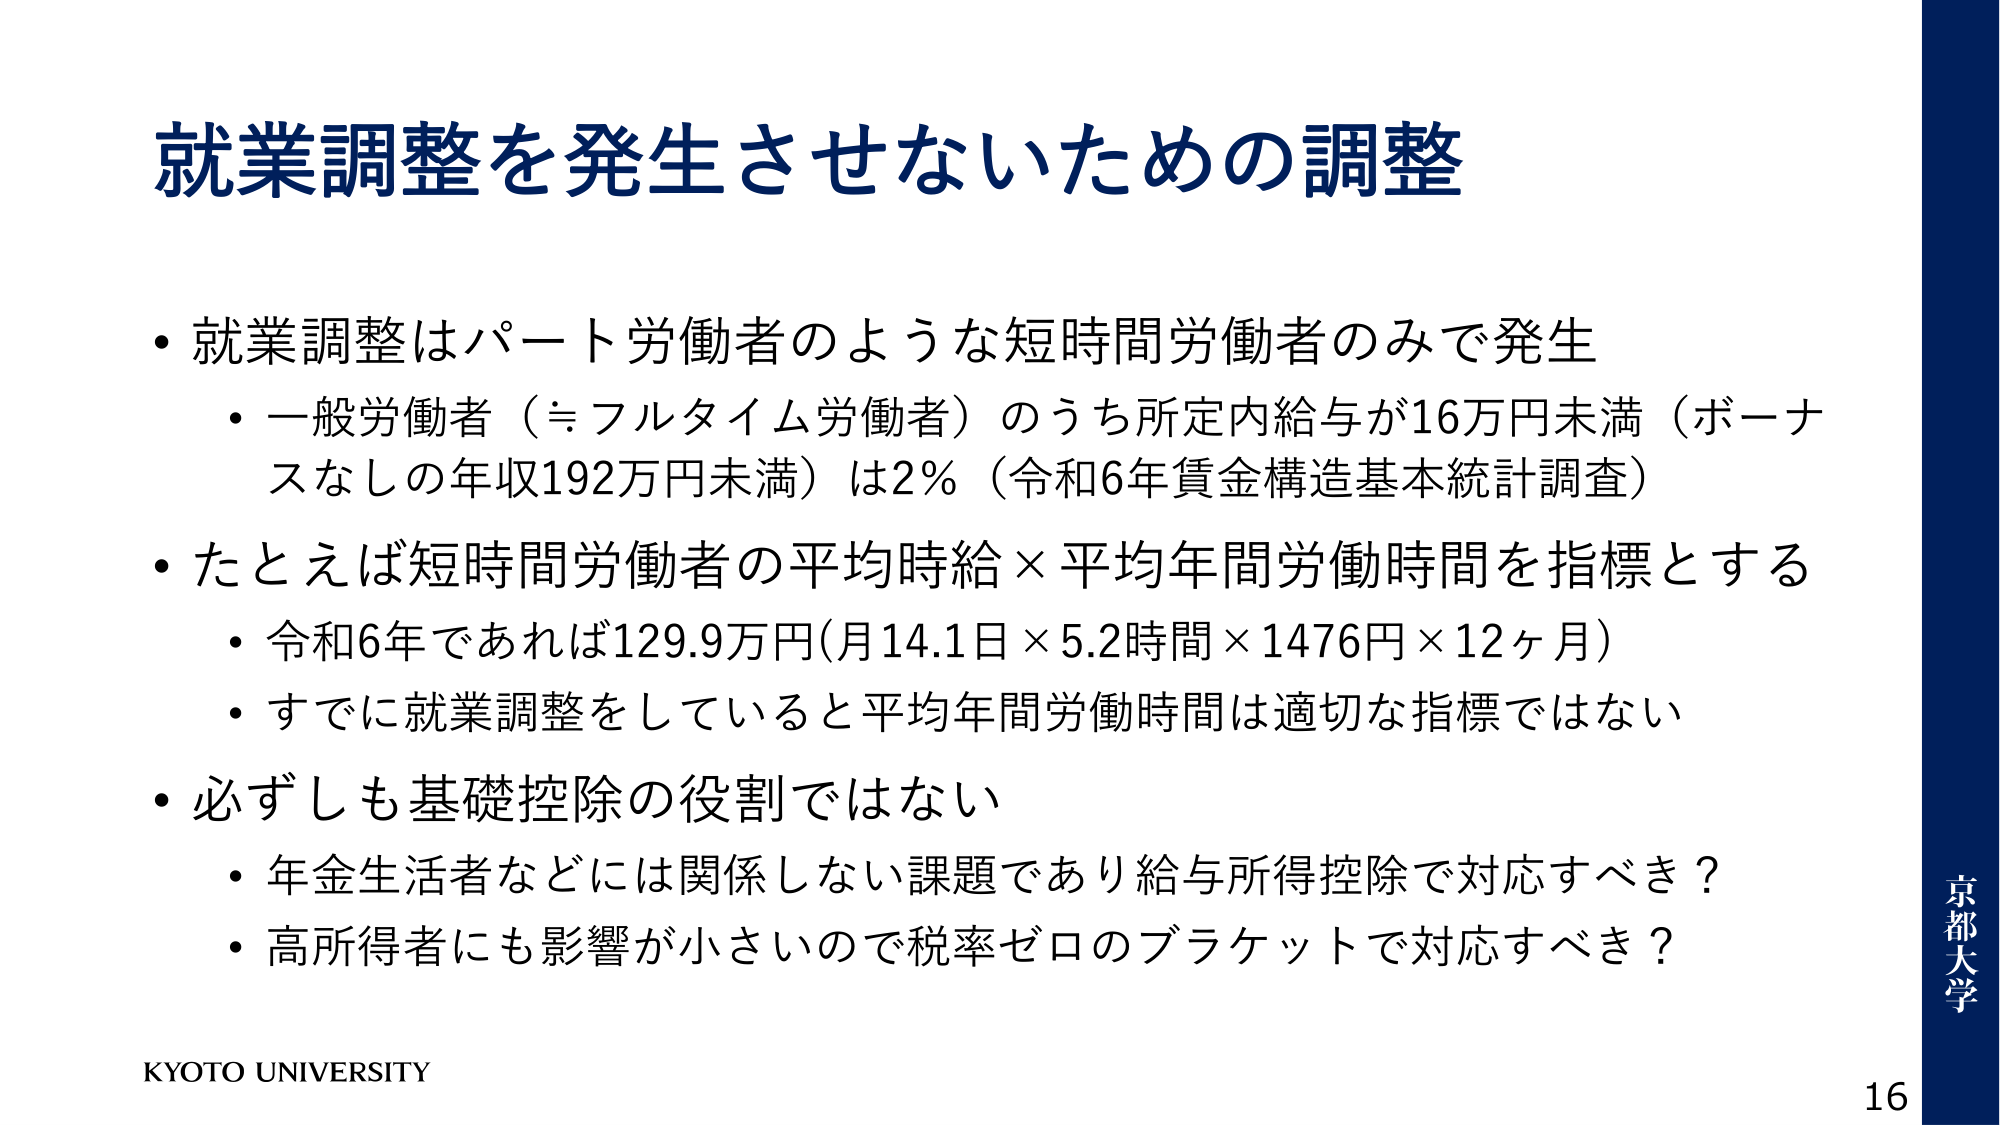
就業調整を発生させないための調整

・就業調整はパート労働者のような短時間労働者のみで発生
　・一般労働者（≒フルタイム労働者）のうち所定内給与が16万円未満（ボーナスなしの年収192万円未満）は2％（令和6年賃金構造基本統計調査）

・たとえば短時間労働者の平均時給×平均年間労働時間を指標とする
　・令和6年であれば129.9万円（月14.1日×5.2時間×1476円×12ヶ月）
　・すでに就業調整をしていると平均年間労働時間は適切な指標ではない

・必ずしも基礎控除の役割ではない
　・年金生活者などには関係しない課題であり給与所得控除で対応すべき？
　・高所得者にも影響が小さいので税率ゼロのブラケットで対応すべき？

KYOTO UNIVERSITY
京都大学
16